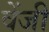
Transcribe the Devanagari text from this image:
वेंजी